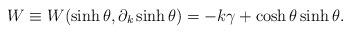
LaTeX: \begin{align*}W \equiv W(\sinh \theta, \partial_k \sinh \theta)=-k\gamma+\cosh\theta \sinh \theta.\end{align*}